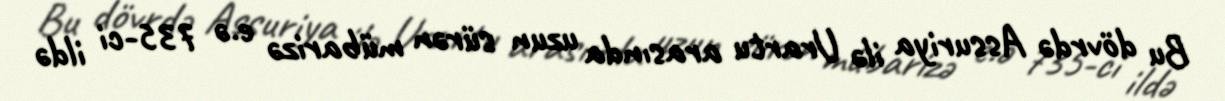
Bu dövrdə Assuriya ilə Urartu arasında uzun sürən mübarizə e.ə 735-ci ildə